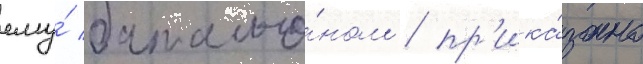
ему́ батальо́ном / пр'ика́зано